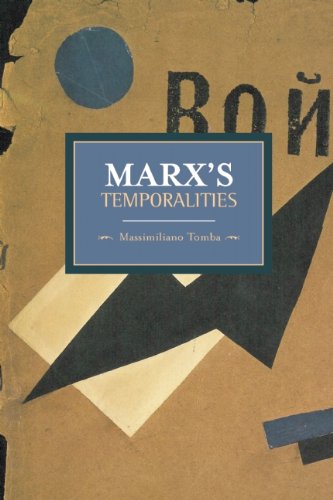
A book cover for Marx's Temporalities (Historical Materialism); Massimiliano Tomba; Politics & Social Sciences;